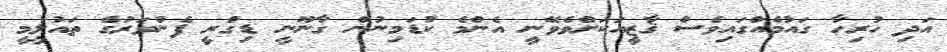
އަދި ހުރިހާ ގައުމެއްގައިވެސް ޤާޒީއަކަށްވެވޭނީ އެންމެ ކުޑަމިނުން ގާނޫނީ ޑިގްރީ ފެންވަރުގެ ތައުލީމީ